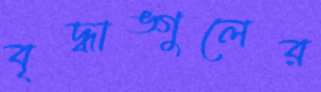
বৃদ্ধাঙ্গুলের